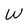
Character: W